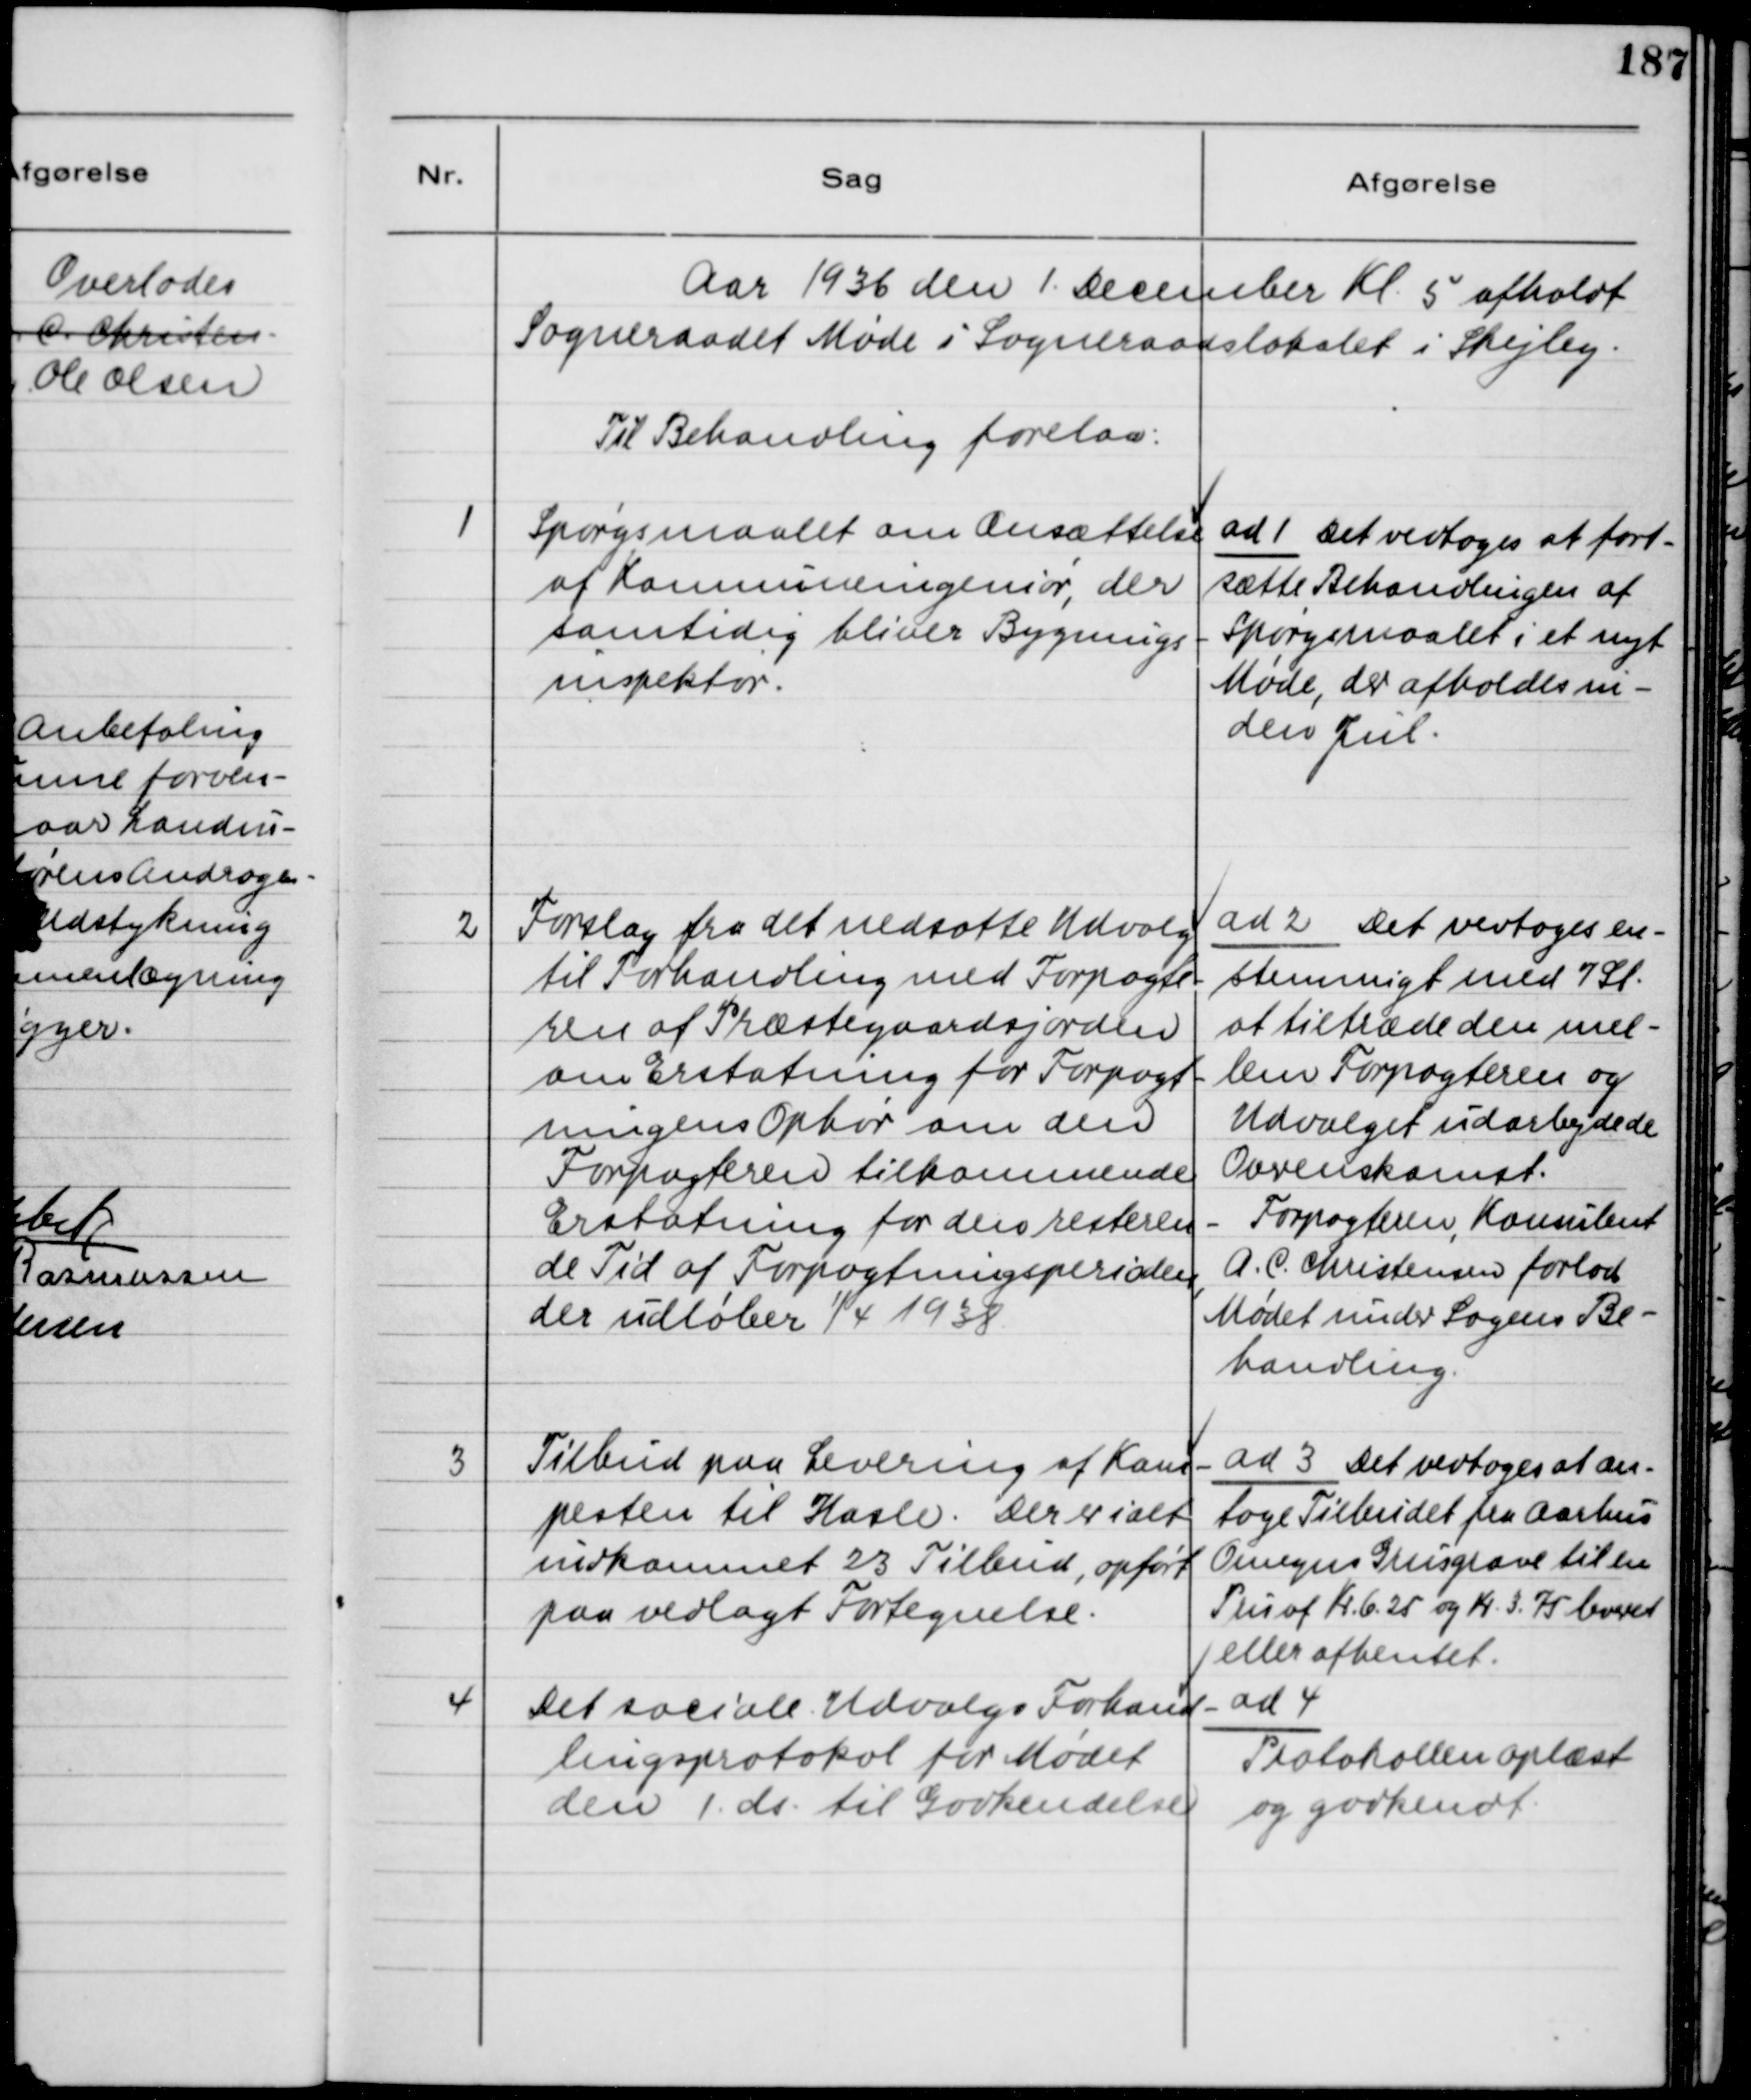
Transskription:
Aar 1936 den 1. December Kl. 5 afholdt
Sogneraadet Møde i Sogneraadslokalet i Skejby.
Til Behandling forelaa:
1
Spørgsmaalet om Ansættelse
af Kommuneingeniør, der
samtidig bliver Bygnings-
inspektør.
ad 1 Det vedtoges at fort-
sætte Behandlingen af
Spørgsmaalet i et nyt
Møde, der afholdes in-
den Jul.
2
Forslag fra det nedsatte Udvalg
til Forhandling med Forpagte-
ren af Præstegaardsjorden
om Erstatning for Forpagt-
ningens Ophør om den
Forpagteren tilkommende
Erstatning for den resteren-
de Tid af Forpagtningsperioden,
der udløber 1/4 1938
ad 2 Det vedtoges en-
stemmigt med 7 St.
at tiltræde den mel-
lem Forpagteren og
Udvalget udarbejdede
Overenskomst.
Forpagteren, Konsulent
A.C. Christensen forlod
Mødet under Sagens Be-
handling.
3
Tilbud paa Levering af Kam-
pesten til Hasle. Der er ialt
indkommet 23 Tilbud, opført
paa vedlagt Fortegnelse.
ad 3 Det vedtoges at an-
tage Tilbudet fra Aarhus
Omegns Grusgrave til en
Pris af Kr. 6,25 og Kr. 3,75 leveret
eller afhentet.
4
Det sociale Udvalgs Forhand-
lingsprotokol for Mødet
den 1. ds. til Godkendelse
ad 4
Protokollen oplæst
og godkendt